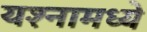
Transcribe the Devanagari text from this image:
यश्नामध्ये